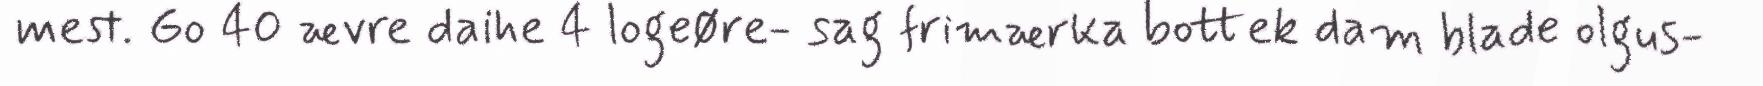
mest. Go 40 ævre daihe 4 logeøre- sag frimærka bottek dam blade olgus-